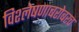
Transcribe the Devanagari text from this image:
विश्लेषणाबरोबरच